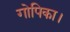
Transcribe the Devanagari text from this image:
गोपिका।